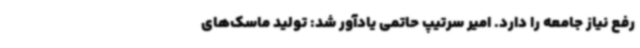
رفع نیاز جامعه را دارد. امیر سرتیپ حاتمی یادآور شد: تولید ماسک‌های